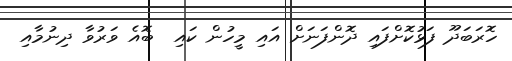
ހޮރަބަދޫ ފަޅުކޮށްފައި ދޮންފަނަށް އައި މީހުން ކައި  ބޮއެ ވަރުވާ ދިނުމާއި